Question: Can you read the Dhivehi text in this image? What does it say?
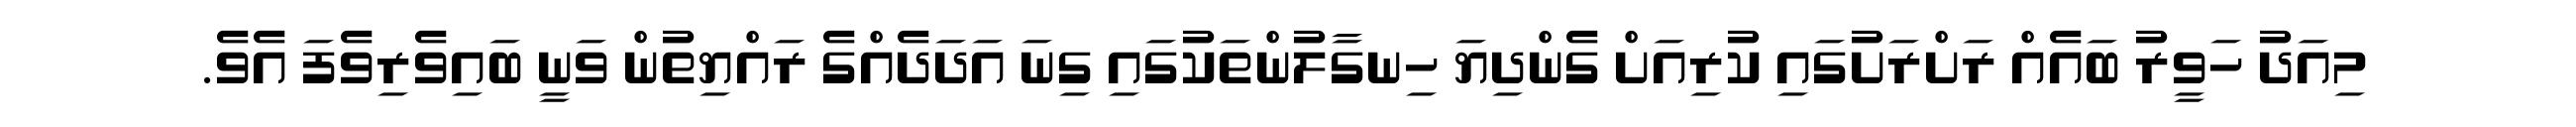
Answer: މިއަދު ހަވީރު ބައެއް ރަށްރަށުގައި ކުރިއަށް ގެންދިޔަ ހިނގާލުންތަކުގައި ގިނަ އަދަދެއްގެ ރައްޔިތުން ވަނީ ބައިވެރިވެފަ އެވެ.